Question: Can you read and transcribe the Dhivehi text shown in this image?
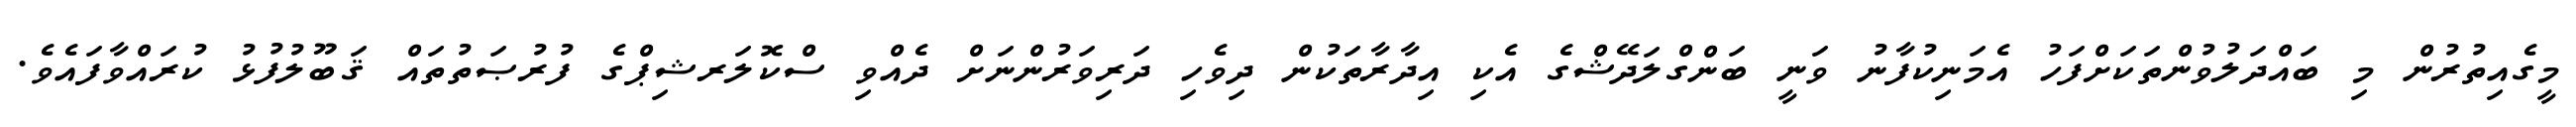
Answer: މީގެއިތުރުން މި ބައްދަލުވުންތަކަށްފަހު އެމަނިކުފާނު ވަނީ ބަންގްލަދޭޝްގެ އެކި އިދާރާތަކުން ދިވެހި ދަރިވަރުންނަށް ދެއްވި ސްކޮލަރޝިޕްގެ ފުރުޞަތުތައް ޤަބޫލުފުޅު ކުރައްވާފައެވެ.